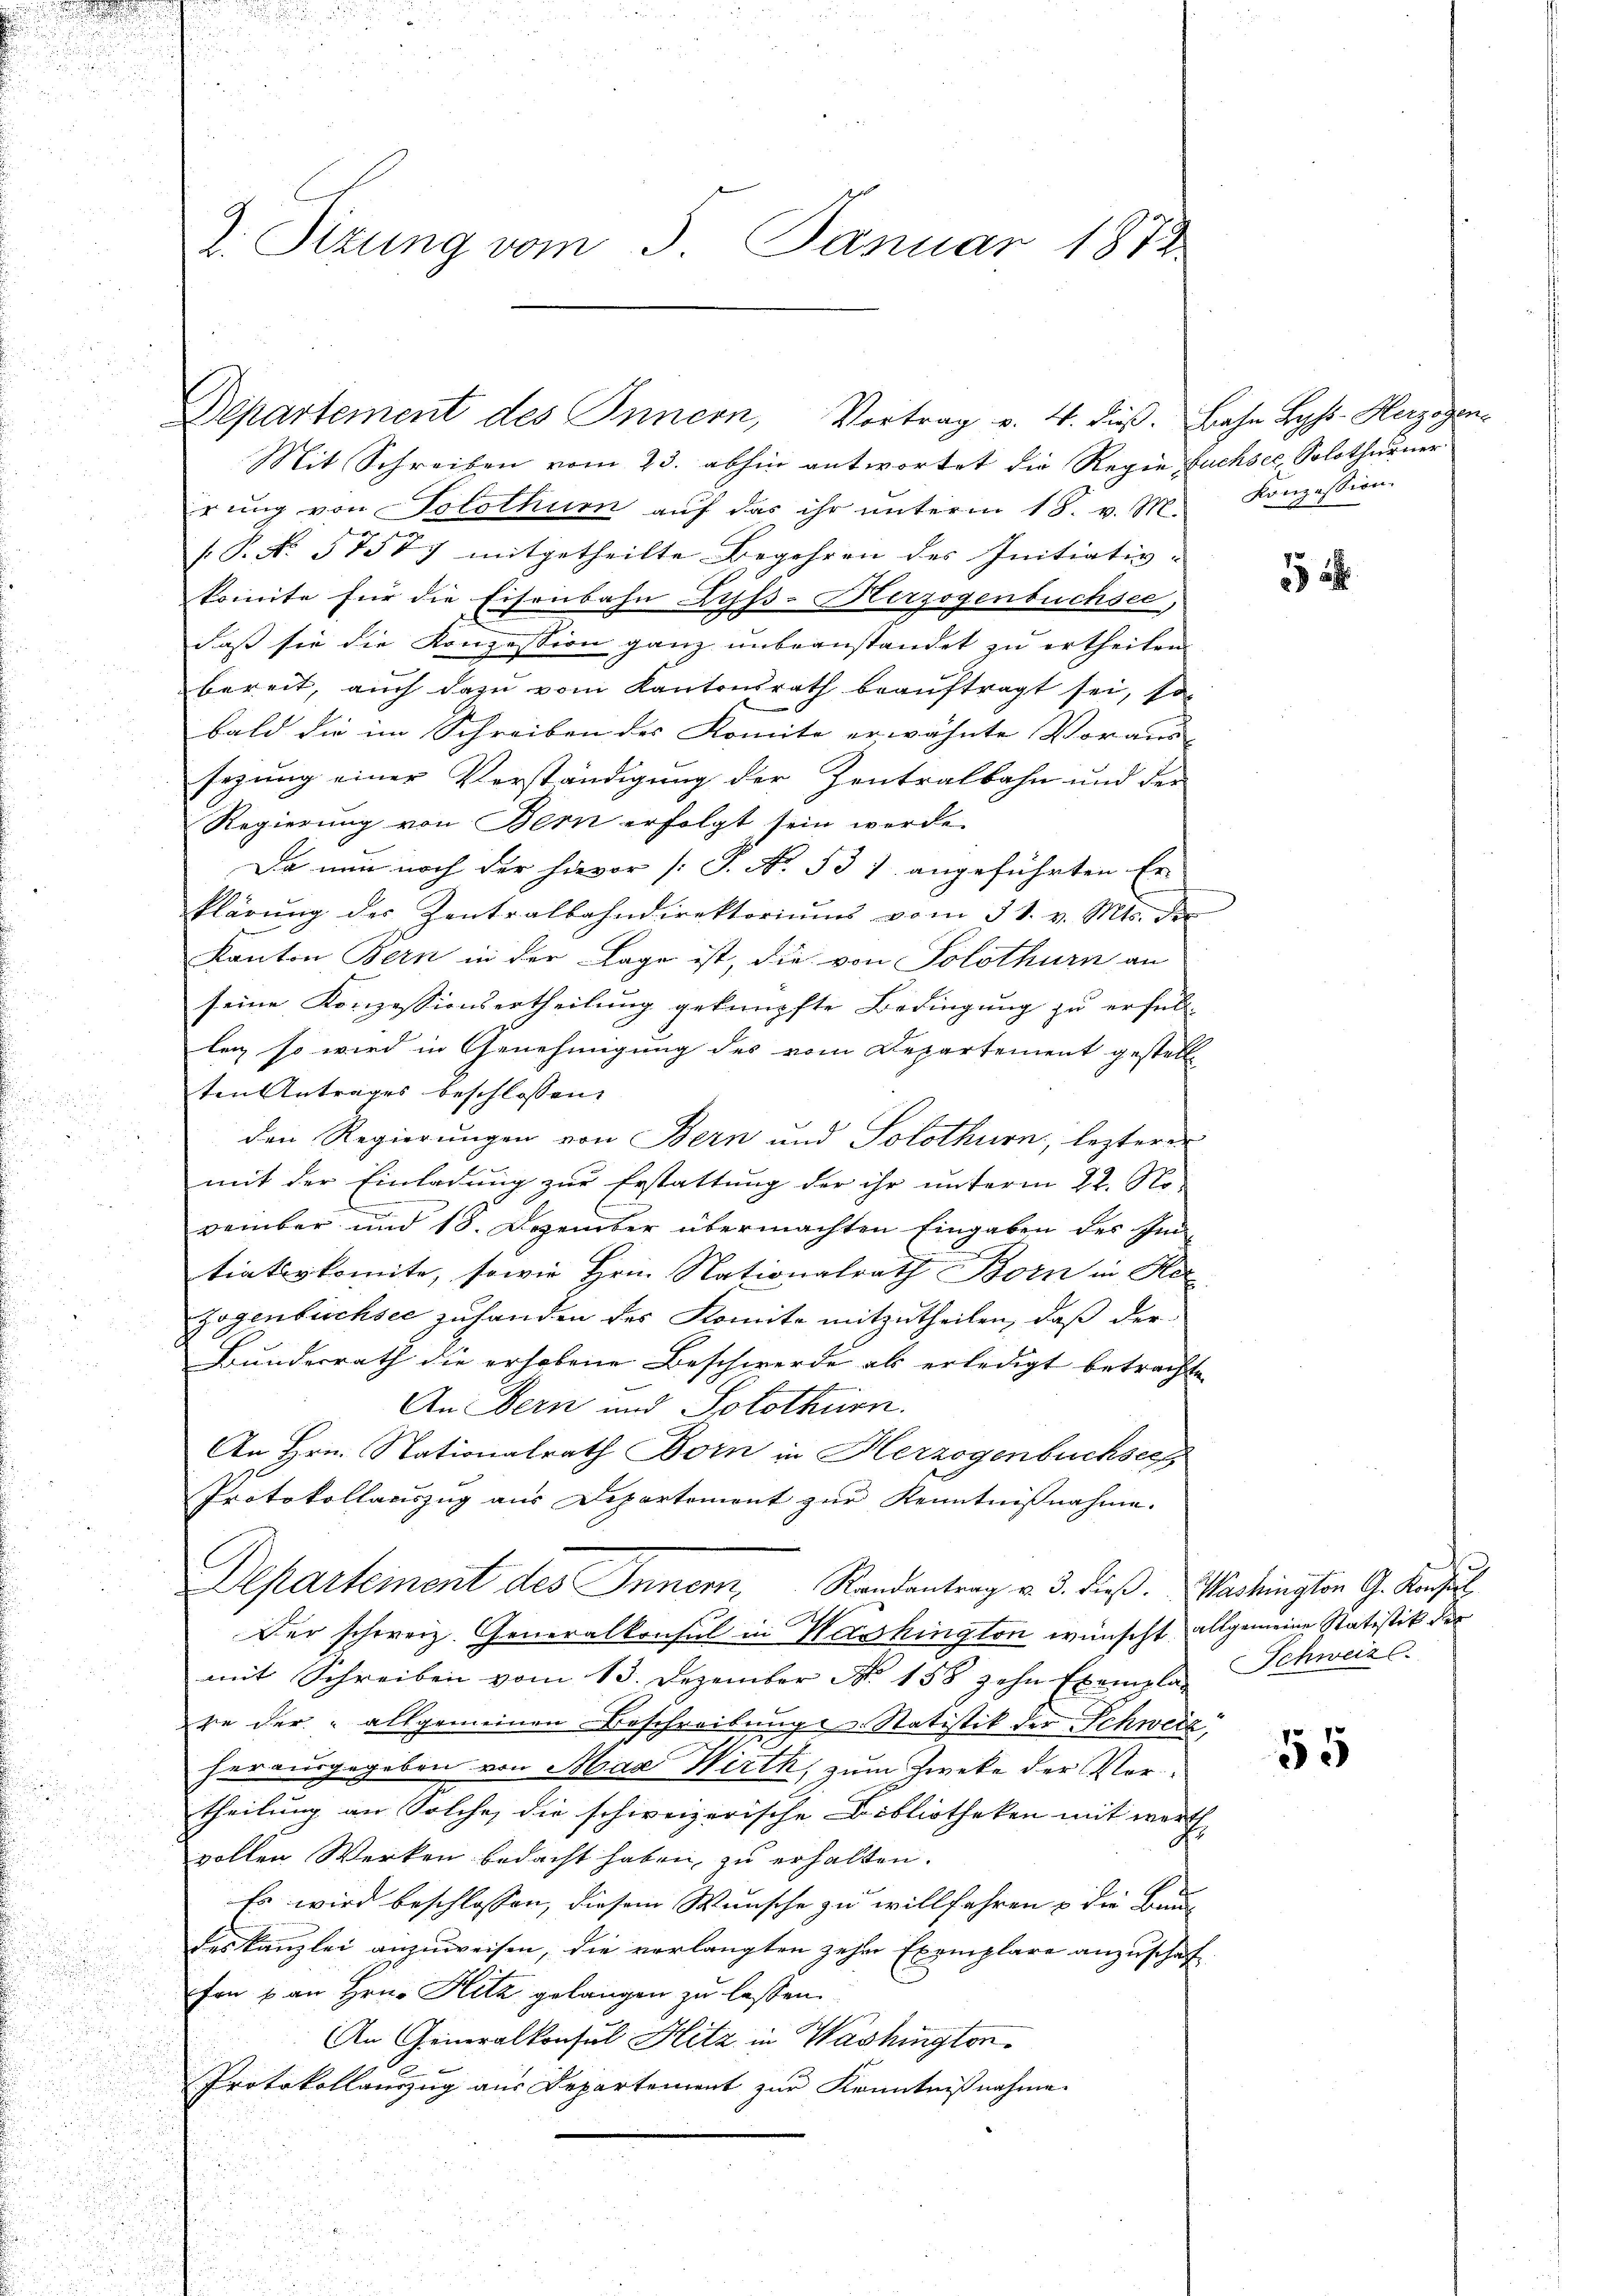
2. Sizung vom 3. Januar 1873

Departement des Innern, Vortrag v. 4. dieβ. Bahn Lyss. Herzogen

Mit Schreiben vom 23. abhin antwortet die Regen Fuchsee, Solothurner
irung von Solothum auf das ihr unterm 18. v. M.
.P. No. 57577 mitgetheilte Begehren des Initiativ-
komite für die Eisenbahn Zyss-Herzogenbuchsee,
daß sie die Konzession ganz unbeanstandet zu ertheilen
bereit, auch dazu vom Kantonsrath beauftragt sei, so
bald die im Schreiben des Komite erwähnte Voraus-
sezung einer Verständigung der Zentralbahn und der
Regierung von Bern erfolgt sein werde.
Da nun noch der hievor (S. No. 531 angeführten Er-
klärŭng der Zentralbahndirektoriŭms vom 31. v. Mts. der
Kanton Bern in der Lage ist, die von Solothurn an
seine Konzessionsertheilung geknüpfte Bedingung zu erfüll
leg so wird in Genehmigung des vom Departement gestell
ten Antrages beschlossen:
den Regierungen von Bern und Solothurn, lezterer
mit der Einladung zur Erstattung der ihr unterm 22. No
vember und 18. Dezember übermachten Eingaben des In¬
.
tiativkomite, sowie Hrn. Nationalrath Born in Her
zogenbüchsee zuhanden des Komite mitzutheilen, daß der
Bundesrath die erhobene Beschwerde als erledigt betrachte
An Bern und Solothurn.
An Hrn. Nationalrath Born in Herzogenbuchsee
Protokollauszug aus Departement zur Kenntnißnahme.
Departement des Innern, Randentrag v. 3. dieß. Washington G. Konsul
Der schweiz. Generalkonsul in Wasshington wünscht allgemeine Statistik der
mit Schreiben vom 13. Dezember No. 158 zehn Exemplar Schweize
re der „allgemeinen Beschreibung Statistik der Schweiz,
herausgegeben von Max Wirth, zum Zweke der Vortheilung an Solche die schweizerische Bibliotheken mit werth
vollen Werken bedacht haben, zu erhalten.
Es wird beschlossen, diesem Wunsche zu willfahren & die Brun
des Kanzlei anzuweisen, die verlangten zehn Exemplare anzuschaf
fon & an Hrn. Hitz gelangen zu lassen.
An Generalkonsul Hitz in Washington¬
Protokollauszug aus Departement zur Kenntnißnahme.

Konzession.

55